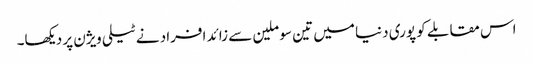
اس مقابلے کو پوری دنیا میں تین سو ملین سے زائد افراد نے ٹیلی ویژن پر دیکھا۔